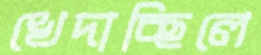
খেদাচ্ছিলে